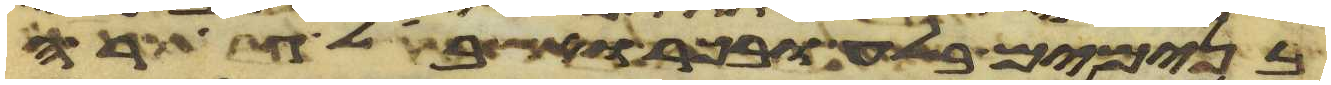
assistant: בנימים בלע ובכר ואשבאל גרה